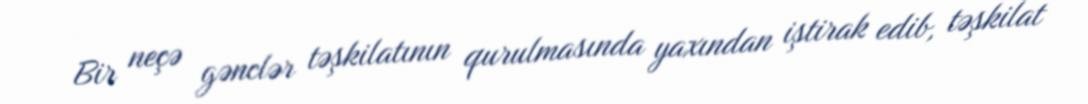
Bir neçə gənclər təşkilatının qurulmasında yaxından iştirak edib, təşkilat